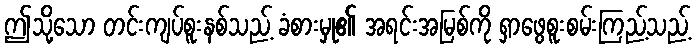
ဤသို့သော တင်းကျပ်စူးနစ်သည့် ခံစားမှု၏ အရင်းအမြစ်ကို ရှာဖွေစူးစမ်းကြည့်သည့်